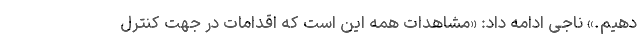
دهیم.» ناجی ادامه داد: «مشاهدات همه این است که اقدامات در جهت کنترل